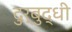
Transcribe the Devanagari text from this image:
दुर्बुद्धी